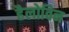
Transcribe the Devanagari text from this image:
हैलोविन